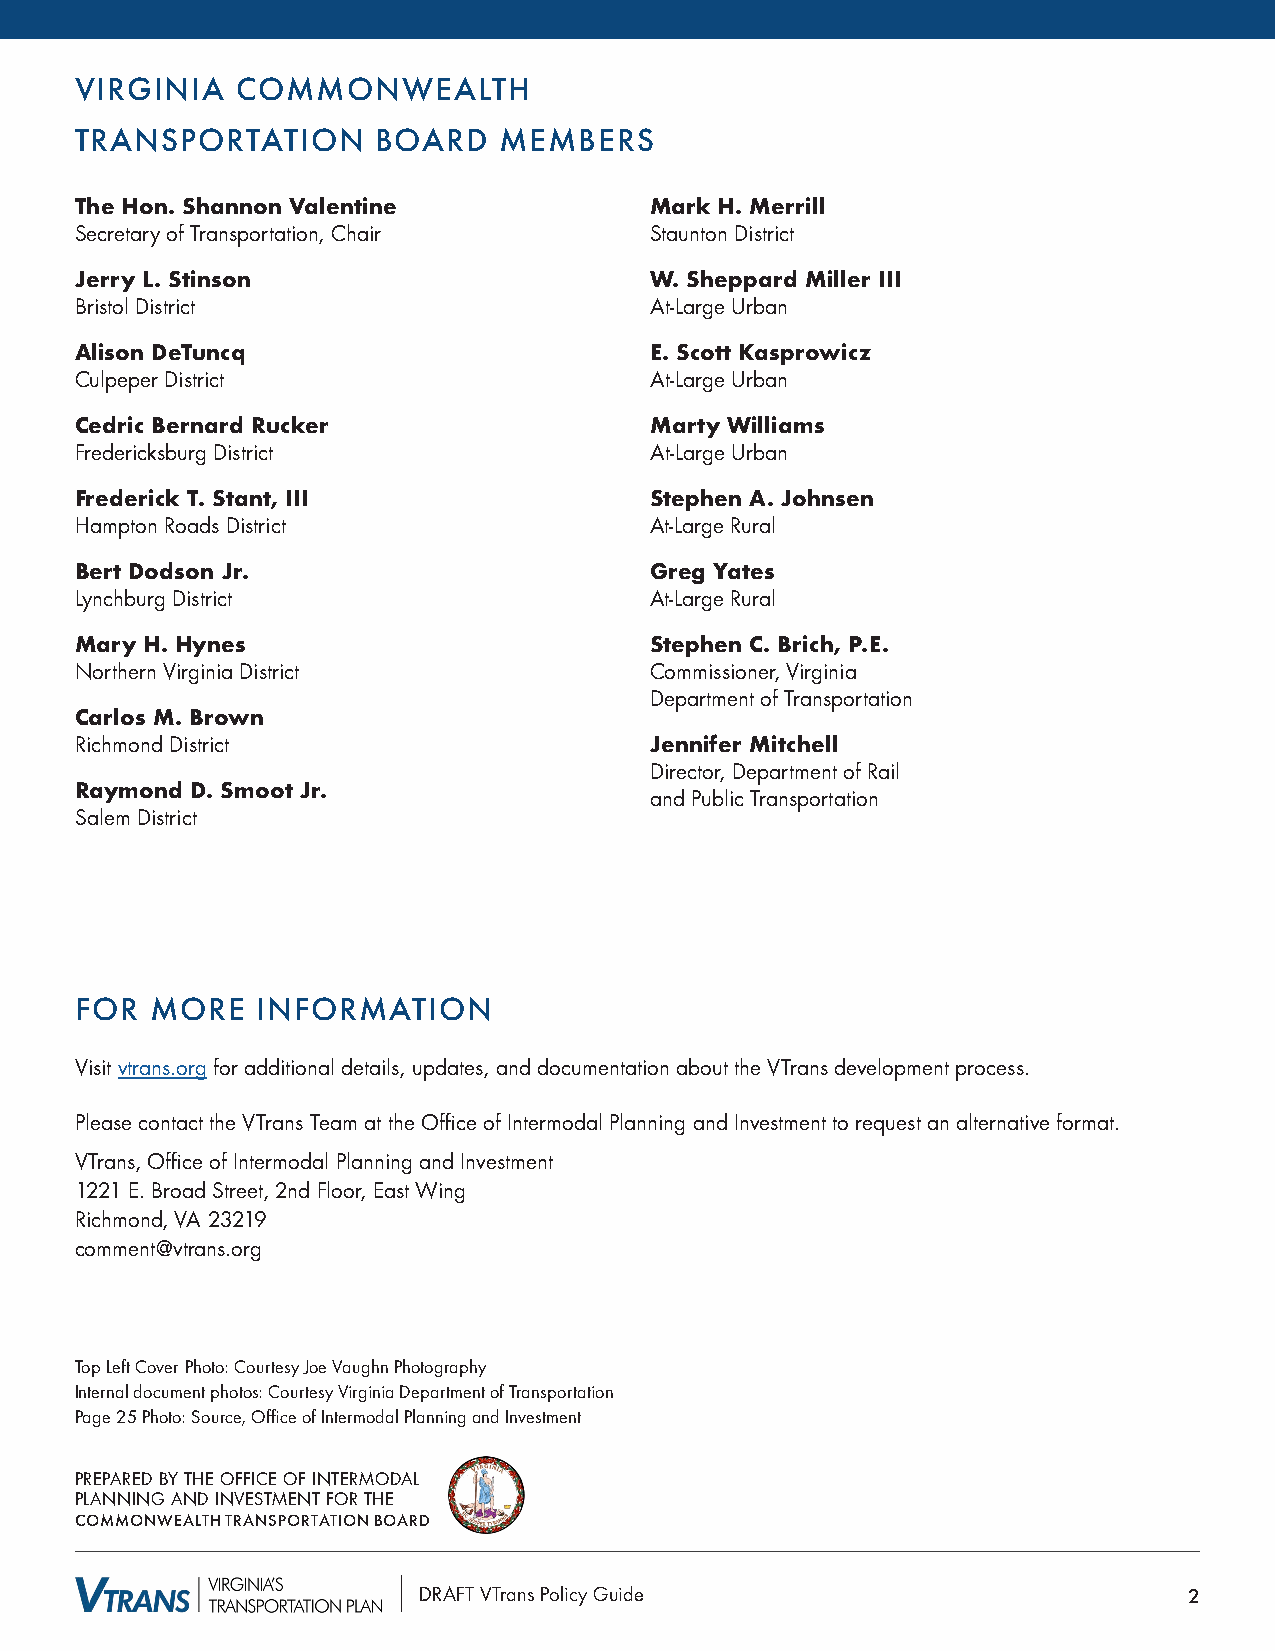
VIRGINIA   COMMONWEALTH
 TRANSPORTATION      BOARD   MEMBERS
 The Hon. Shannon Valentine            Mark H. Merrill
 Secretary of Transportation, Chair    Staunton District
 Jerry L. Stinson                      W. Sheppard Miller III
 Bristol District                      At-Large Urban
 Alison DeTuncq                        E. Scott Kasprowicz
 Culpeper District                     At-Large Urban
 Cedric Bernard Rucker                 Marty Williams
 Fredericksburg District               At-Large Urban
 Frederick T. Stant, III               Stephen A. Johnsen
 Hampton Roads District                At-Large Rural
 Bert Dodson Jr.                       Greg Yates
 Lynchburg District                    At-Large Rural
 Mary H. Hynes                         Stephen C. Brich, P.E.
 Northern Virginia District            Commissioner, Virginia
 Department of Transportation
 Carlos M. Brown
 Richmond District                     Jennifer Mitchell
 Director, Department of Rail
 Raymond D. Smoot Jr.
 and Public Transportation
 Salem District
 FOR  MORE   INFORMATION
 Visit vtrans.org for additional details, updates, and documentation about the VTrans development process.
 Please contact the VTrans Team at the Office of Intermodal Planning and Investment to request an alternative format.
 VTrans, Office of Intermodal Planning and Investment
 1221 E. Broad Street, 2nd Floor, East Wing
 Richmond, VA 23219
 comment@vtrans.org
 Top Left Cover Photo: Courtesy Joe Vaughn Photography
 Internal document photos: Courtesy Virginia Department of Transportation
 Page 25 Photo: Source, Office of Intermodal Planning and Investment
 PREPARED BY THE OFFICE OF INTERMODAL
 PLANNING AND INVESTMENT FOR THE
 COMMONWEALTH TRANSPORTATION BOARD
 DRAFT VTrans Policy Guide                          2